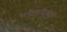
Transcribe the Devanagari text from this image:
सनीसनीखेज